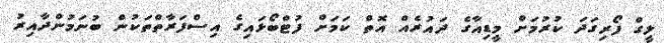
ލީގް ފޯރިގަދަ ކުރުމަށް މީޑިއާގެ ދައުރެއް އޮތް ކަމަށް ފުޓްބޯޅައިގެ އިސްފަރާތްތަކުން ބުނަމުންދާއިރު